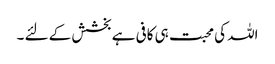
اللہ کی محبت ہی کافی ہے بخشش کے لئے ۔